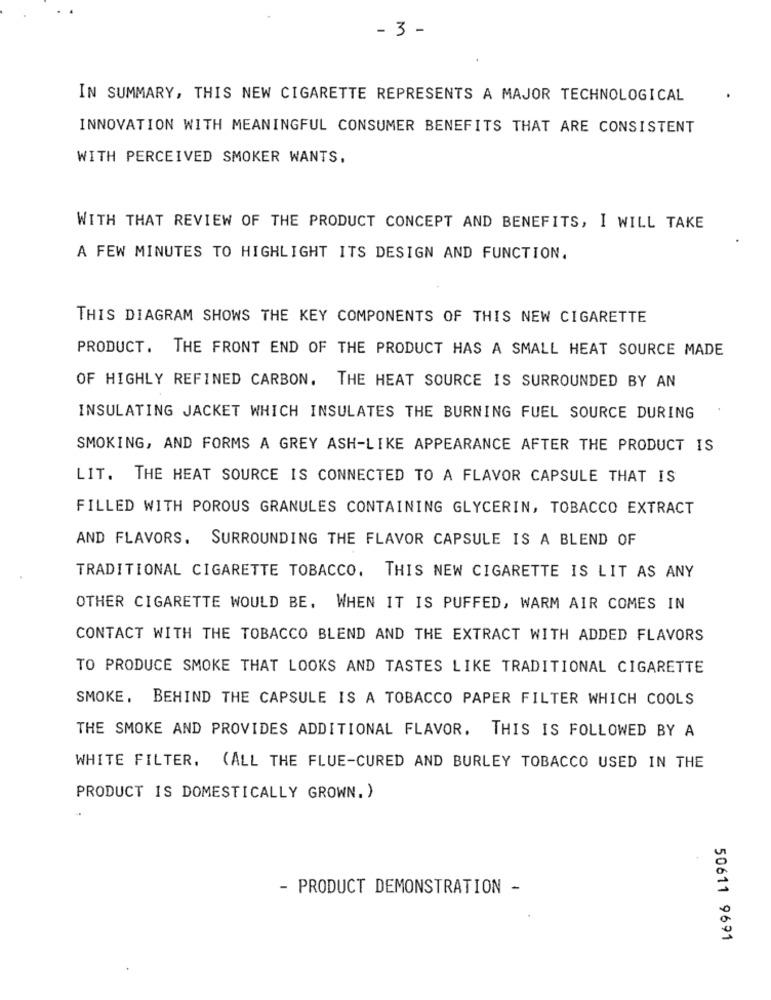
- 3 -
IN SUMMARY, THIS NEW CIGARETTE REPRESENTS A MAJOR TECHNOLOGICAL
INNOVATION WITH MEANINGFUL CONSUMER BENEFITS THAT ARE CONSISTENT
WITH PERCEIVED SMOKER WANTS,
WITH THAT REVIEW OF THE PRODUCT CONCEPT AND BENEFITS, I WILL TAKE
A FEW MINUTES TO HIGHLIGHT ITS DESIGN AND FUNCTION.
THIS DIAGRAM SHOWS THE KEY COMPONENTS OF THIS NEW CIGARETTE
PRODUCT. THE FRONT END OF THE PRODUCT HAS A SMALL HEAT SOURCE MADE
OF HIGHLY REFINED CARBON. THE HEAT SOURCE IS SURROUNDED BY AN
INSULATING JACKET WHICH INSULATES THE BURNING FUEL SOURCE DURING
SMOKING, AND FORMS A GREY ASH-LIKE APPEARANCE AFTER THE PRODUCT IS
LIT. THE HEAT SOURCE IS CONNECTED TO A FLAVOR CAPSULE THAT IS
FILLED WITH POROUS GRANULES CONTAINING GLYCERIN, TOBACCO EXTRACT
AND FLAVORS. SURROUNDING THE FLAVOR CAPSULE IS A BLEND OF
TRADITIONAL CIGARETTE TOBACCO. THIS NEW CIGARETTE IS LIT AS ANY
OTHER CIGARETTE WOULD BE. WHEN IT IS PUFFED, WARM AIR COMES IN
CONTACT WITH THE TOBACCO BLEND AND THE EXTRACT WITH ADDED FLAVORS
TO PRODUCE SMOKE THAT LOOKS AND TASTES LIKE TRADITIONAL CIGARETTE
SMOKE, BEHIND THE CAPSULE IS A TOBACCO PAPER FILTER WHICH COOLS
THE SMOKE AND PROVIDES ADDITIONAL FLAVOR. THIS IS FOLLOWED BY A
WHITE FILTER. (ALL THE FLUE-CURED AND BURLEY TOBACCO USED IN THE
PRODUCT IS DOMESTICALLY GROWN. )
- PRODUCT DEMONSTRATION -
50611 9691